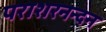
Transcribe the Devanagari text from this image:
पराशरनन्दन